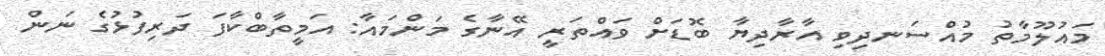
މައުލޫމާތު މުއްސަނދިވި އާރާދިޔާ ބޮޑަށް ވައްތަރީ އޭނާގެ މަންމައާ: އަމީތާބްކާފަ ދަރިފުޅުގެ ނަން